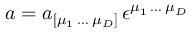
a = a _ { [ \mu _ { 1 } \, \dots \; \mu _ { D } ] } \, \epsilon ^ { \mu _ { 1 } \, \dots \; \mu _ { D } }